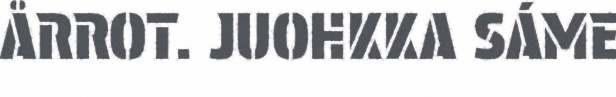
ÅRROT. JUOHKKA SÁME